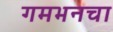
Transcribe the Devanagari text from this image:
गमभनचा